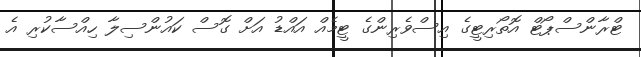
ޓްރާންސްޕޯޓް އޮތޯރިޓީގެ އިސްވެރިންގެ ޓީމެއް އައްޑު އަށް ގޮސް ކައުންސިލާ ހިއްސާކުރި އެ